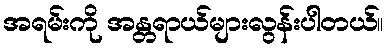
အရမ်းကို အန္တရာယ်များလွန်းပါတယ်။